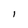
Character: l